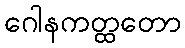
ဂေါနကတ္ထတော